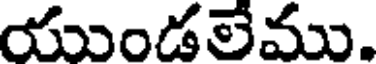
యుండలేము.